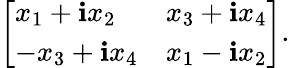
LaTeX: {\left[\begin{array}{ll}{x_{1}+\mathbf{i}x_{2}}&{x_{3}+\mathbf{i}x_{4}}\\ {-x_{3}+\mathbf{i}x_{4}}&{x_{1}-\mathbf{i}x_{2}}\end{array}\right]}.\,